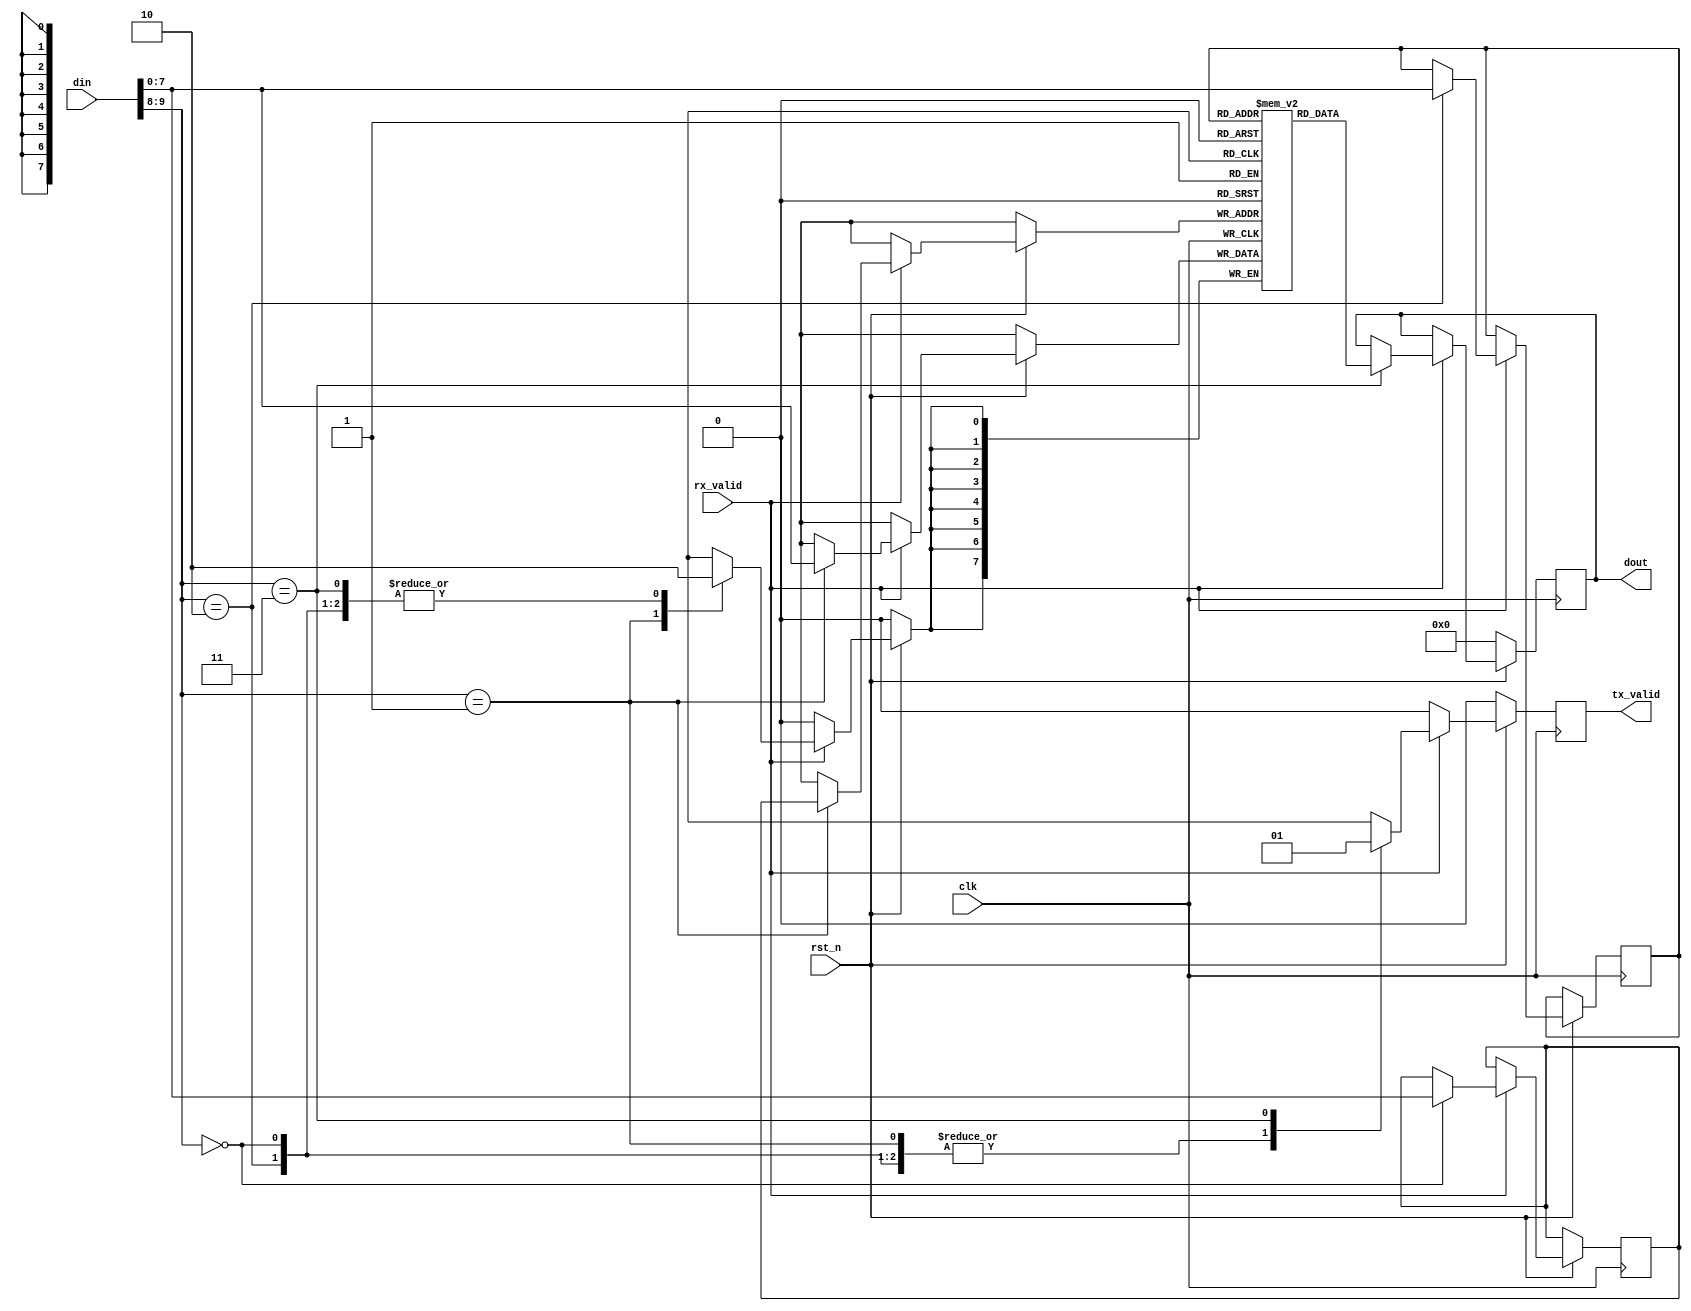
module prmemtst1(clk, din, dout, rst_n, rx_valid, tx_valid);
	parameter MEM_WIDTH = 8;
	parameter MEM_DEPTH = 256;
	parameter ADDR_SIZE = 8;
	input clk, rst_n, rx_valid;
	input [9:0] din;
	reg [ADDR_SIZE-1:0] addr_rd, addr_wr;
	output reg [ADDR_SIZE-1:0] dout;
    output reg tx_valid;

	reg [MEM_WIDTH-1:0] mempr [MEM_DEPTH-1:0];

	//Read/Write Operation
	always @(posedge clk) begin 
        tx_valid <= 0;
		if(~rst_n)
			dout <= 'b0;
        else if(rx_valid) begin
            case (din[9:8])
                2'b00: begin addr_wr <= din[7:0]; tx_valid <= 0; end
                2'b01: begin mempr [addr_wr] <= din[7:0]; tx_valid <= 0; end
                2'b10: begin addr_rd <= din[7:0]; tx_valid <= 0; end
                2'b11: begin dout <= mempr[addr_rd]; tx_valid <= 1; end
            endcase
        end
	end
			


endmodule